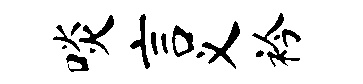
啖言义衿